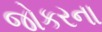
જોકરના